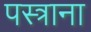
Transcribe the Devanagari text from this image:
पस्त्राना